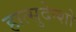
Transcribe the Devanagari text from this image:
हात्सुदेन्शो